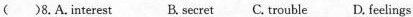
( )8.A.interest B. secret C. troubleD. feelings